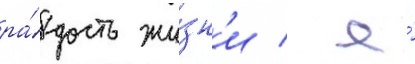
ра́дость жи́зн'и / я́